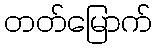
တတ်မြောက်